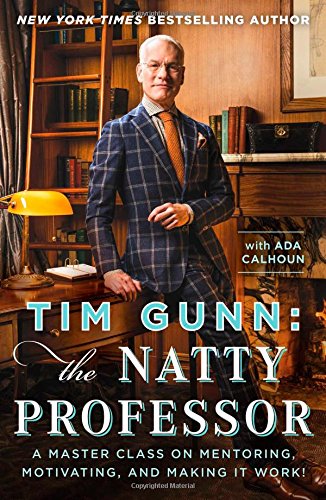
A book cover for Tim Gunn: The Natty Professor: A Master Class on Mentoring, Motivating, and Making It Work!; Tim Gunn; Biographies & Memoirs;